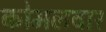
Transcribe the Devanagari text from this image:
काेमलवार